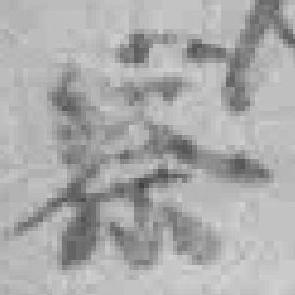
察